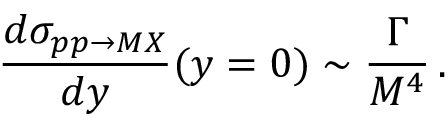
\frac { d \sigma _ { p p \rightarrow M X } } { d y } ( y = 0 ) \sim \frac { \Gamma } { M ^ { 4 } } \, .